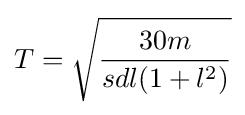
{T}={\sqrt {\frac {30m}{sdl(1+l^{2})}}}